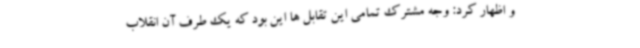
و اظهار کرد: وجه مشترک تمامی این تقابل ها این بود که یک طرف آن انقلاب